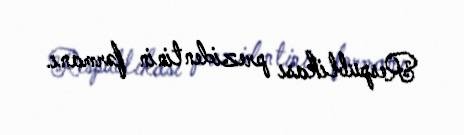
Respublikası prezidentinin fərmanı.